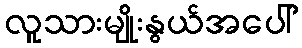
လူသားမျိုးနွယ်အပေါ်